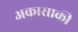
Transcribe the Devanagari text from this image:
अकासाकी